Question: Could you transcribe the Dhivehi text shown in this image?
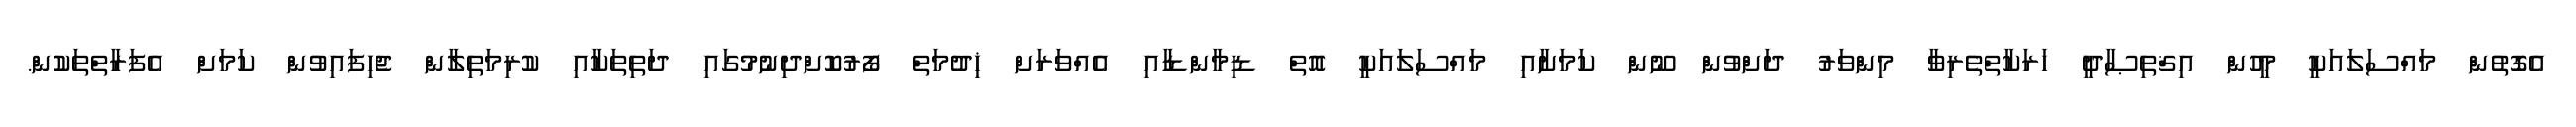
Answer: އެގޮތުން މައްސަލައަކީ މީހުން އިޤްތިޞާދީ ހަރަކާތްތެރިވާ މިންވަރު ދަށްވުން ނޫން ކަމަށާއި މައްސަލައަކީ އޮތް ޑިމާންޑާއި އެއްވަރަށް ޚިދުމަތް ފޯރުކޮށްދިނުމުގައި ދަތިތަކާއި ކުރިމަތިލާން ޖެހިފައިވުން ކަމަށް އެފަރާތްތަކުން.